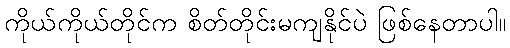
ကိုယ်ကိုယ်တိုင်က စိတ်တိုင်းမကျနိုင်ပဲ ဖြစ်နေတာပါ။